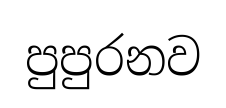
පුපුරනව